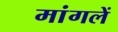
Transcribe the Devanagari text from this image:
मांगलें